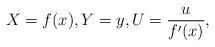
LaTeX: \begin{align*}X=f(x),Y=y,U=\frac{u}{f^\prime(x)},\end{align*}